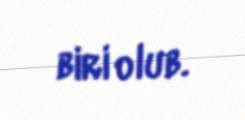
biri olub.